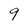
Character: 9